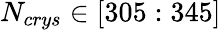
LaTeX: N_{crys}\in[305:345]